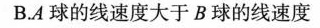
B.A球的线速度大于B球的线速度